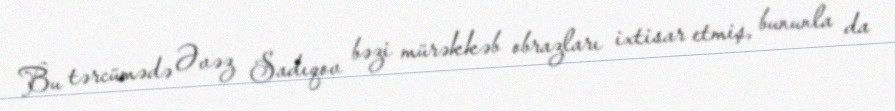
Bu tərcümədə Əvəz Sadıqov bəzi mürəkkəb obrazları ixtisar etmiş, bununla da